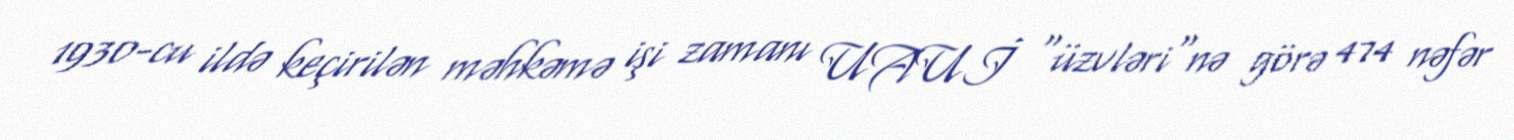
1930-cu ildə keçirilən məhkəmə işi zamanı UAUİ "üzvləri"nə görə 474 nəfər